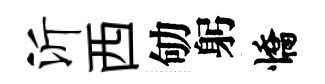
沂西劬躬憍